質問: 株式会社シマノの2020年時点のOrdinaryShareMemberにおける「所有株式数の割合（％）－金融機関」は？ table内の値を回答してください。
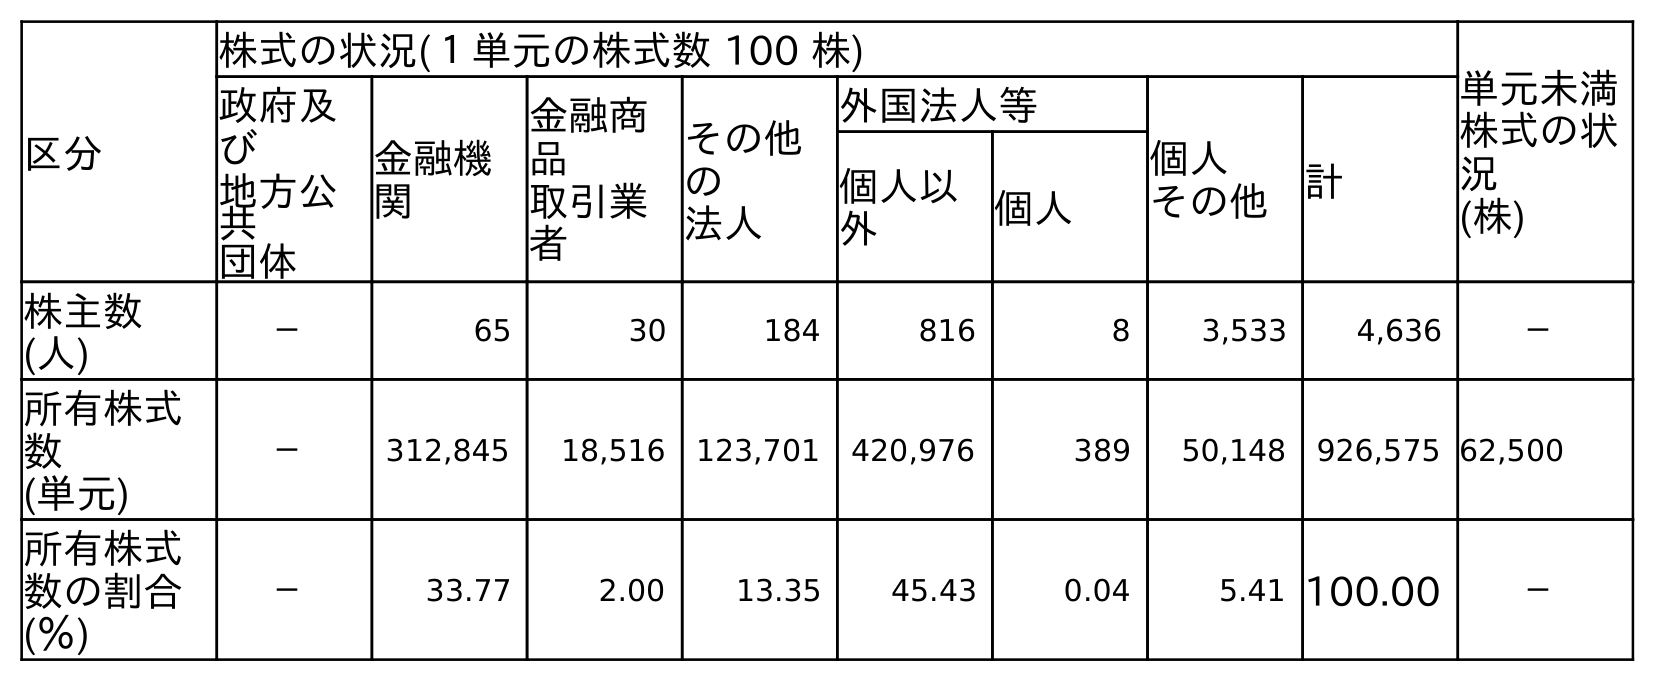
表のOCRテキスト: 区分 株式の状況(１単元の株式数 100 株) 単元未満 株式の状 況 (株) 政府及 び 地方公 共 団体 金融機 関 金融商 品 取引業 者 その他 の 法人 外国法人等 個人 その他 計 個人以 外 個人 株主数 (人) － 65 30 184 816 8 3,533 4,636 － 所有株式 数 (単元) － 312,845 18,516 123,701 420,976 389 50,148 926,575 62,500 所有株式 数の割合 (％) － 33.77 2.00 13.35 45.43 0.04 5.41 100.00 －
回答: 33.77